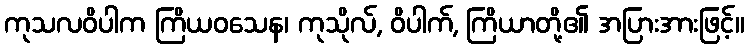
ကုသလဝိပါက ကြိယဝသေန၊ ကုသိုလ်, ဝိပါက်, ကြိယာတို့၏ အပြားအားဖြင့်။